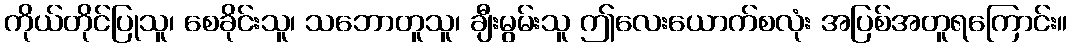
ကိုယ်တိုင်ပြုသူ၊ စေခိုင်းသူ၊ သဘောတူသူ၊ ချီးမွမ်းသူ ဤလေးယောက်စလုံး အပြစ်အတူရကြောင်း။